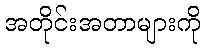
အတိုင်းအတာများကို